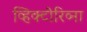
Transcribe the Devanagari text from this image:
व्हिक्टोरिव्ना